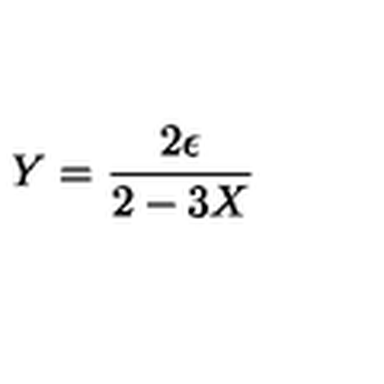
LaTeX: Y = { \frac { 2 \epsilon } { 2 - 3 X } }